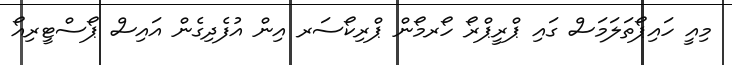
މިއީ ހައިޕޯތަލަމަސް ގައި ޕްރީޕްރޯ ހޯރމޯން ޕްރިކޯސަރ އިން އުފެދިގެން އައިސް ޕޯސްޓީރިއޯ